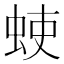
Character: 𫊳